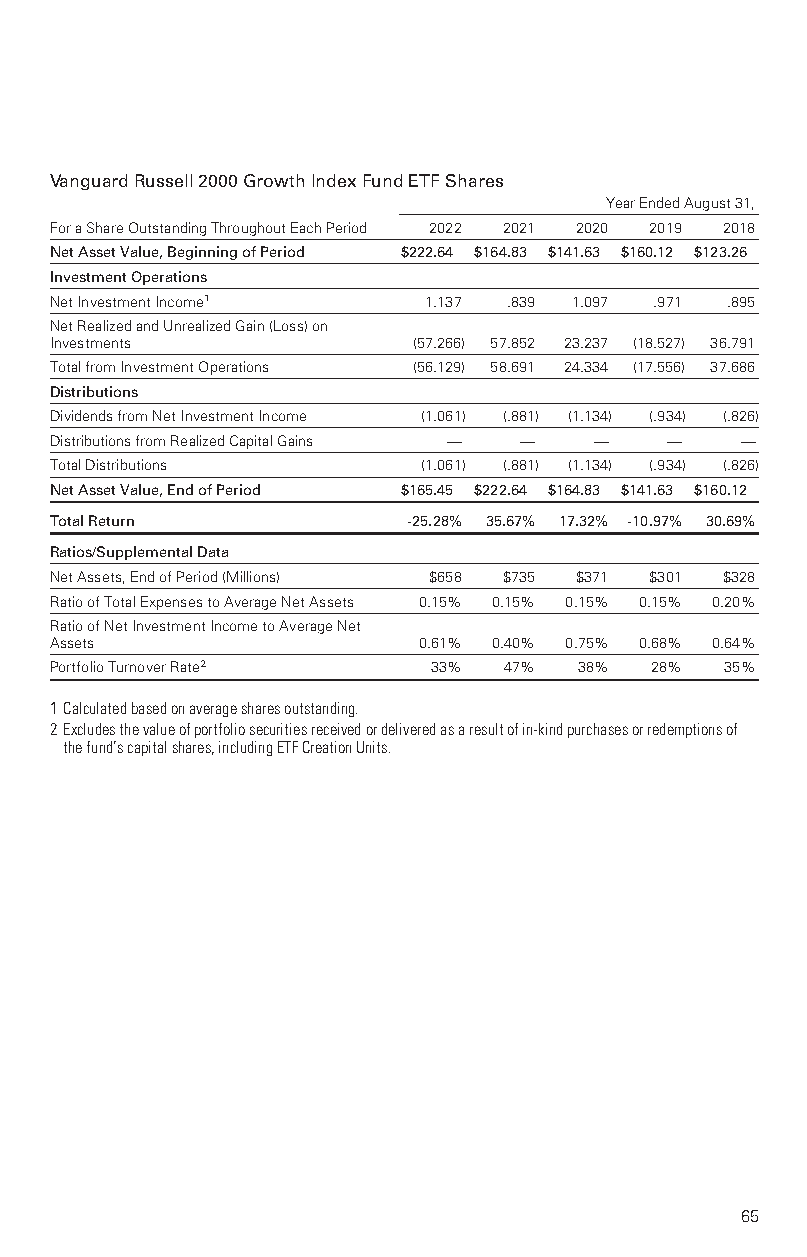
VanguardRussell2000GrowthIndexFundETFShares
 YearEndedAugust31,
 ForaShareOutstandingThroughoutEachPeriod 2022 2021 2020 2019 2018
 NetAssetValue,BeginningofPeriod $222.64 $164.83 $141.63 $160.12 $123.26
 InvestmentOperations
 NetInvestmentIncome1     1.137 .839 1.097 .971 .895
 NetRealizedandUnrealizedGain(Loss)on
 Investments             (57.266) 57.852 23.237 (18.527) 36.791
 TotalfromInvestmentOperations (56.129) 58.691 24.334 (17.556) 37.686
 Distributions
 DividendsfromNetInvestmentIncome (1.061) (.881) (1.134) (.934) (.826)
 DistributionsfromRealizedCapitalGains — — — — —
 TotalDistributions       (1.061) (.881) (1.134) (.934) (.826)
 NetAssetValue,EndofPeriod $165.45 $222.64 $164.83 $141.63 $160.12
 TotalReturn             -25.28% 35.67% 17.32% -10.97% 30.69%
 Ratios/SupplementalData
 NetAssets,EndofPeriod(Millions) $658 $735 $371 $301 $328
 RatioofTotalExpensestoAverageNetAssets 0.15% 0.15% 0.15% 0.15% 0.20%
 RatioofNetInvestmentIncometoAverageNet
 Assets                   0.61% 0.40% 0.75% 0.68% 0.64%
 PortfolioTurnoverRate2    33% 47%  38%  28%  35%
 1Calculatedbasedonaveragesharesoutstanding.
 2Excludesthevalueofportfoliosecuritiesreceivedordeliveredasaresultofin-kindpurchasesorredemptionsof
 thefund’scapitalshares,includingETFCreationUnits.
 65